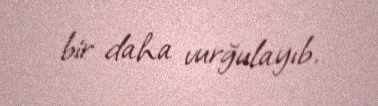
bir daha vurğulayıb.